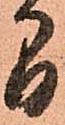
間